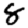
Digit: 8